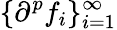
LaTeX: \{ \partial^{p}f_{i}\} _{i=1}^{\infty}